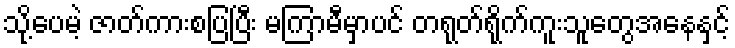
သို့ပေမဲ့ ဇာတ်ကားစပြပြီး မကြာမီမှာပင် တရုတ်ရိုက်ကူးသူတွေအနေနှင့်